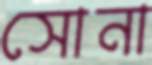
সোনা